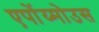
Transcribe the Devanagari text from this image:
एपोंय्मोउस